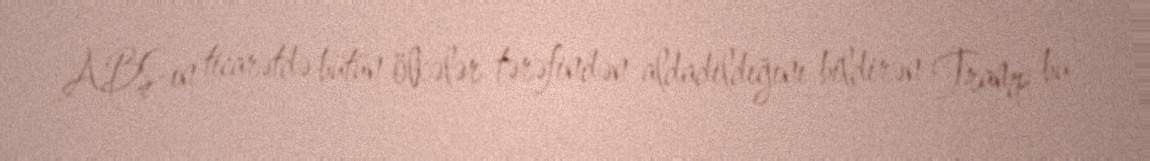
ABŞ-ın ticarətdə bütün ölkələr tərəfindən aldadıldığını bildirən Tramp bu